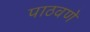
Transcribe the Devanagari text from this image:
पाठवणें